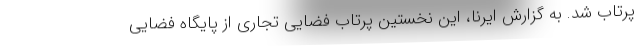
پرتاب شد. به گزارش ایرنا، این نخستین پرتاب فضایی تجاری از پایگاه فضایی